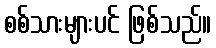
စစ်သားများပင် ဖြစ်သည်။